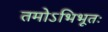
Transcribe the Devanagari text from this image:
तमोऽभिभूतः